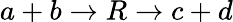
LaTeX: a+b\rightarrow R\rightarrow c+d